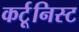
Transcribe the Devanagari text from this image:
कर्टूनिस्ट